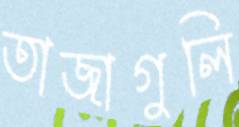
তাজাগুলি